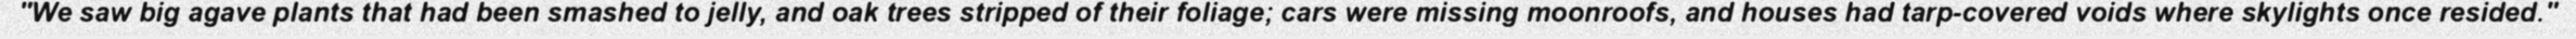
"We saw big agave plants that had been smashed to jelly, and oak trees stripped of their foliage; cars were missing moonroofs, and houses had tarp-covered voids where skylights once resided."